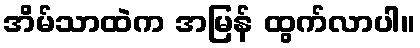
အိမ်သာထဲက အမြန် ထွက်လာပါ။